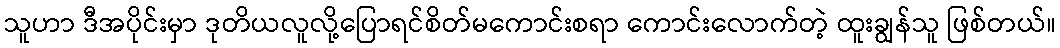
သူဟာ ဒီအပိုင်းမှာ ဒုတိယလူလို့ပြောရင်စိတ်မကောင်းစရာ ကောင်းလောက်တဲ့ ထူးချွန်သူ ဖြစ်တယ်။